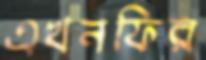
এখনফির